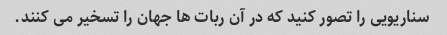
سناریویی را تصور کنید که در آن ربات ها جهان را تسخیر می کنند.